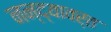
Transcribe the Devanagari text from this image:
नन्द्यावर्त